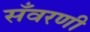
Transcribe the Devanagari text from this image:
सँवरणी